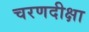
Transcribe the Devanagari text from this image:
चरणदीक्षा